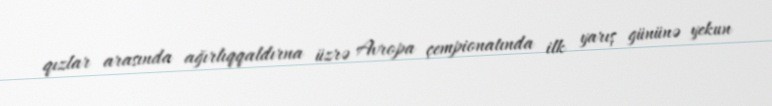
qızlar arasında ağırlıqqaldırna üzrə Avropa çempionatında ilk yarış gününə yekun